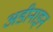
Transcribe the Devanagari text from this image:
अडीनाइन